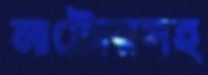
নাটোরসহ